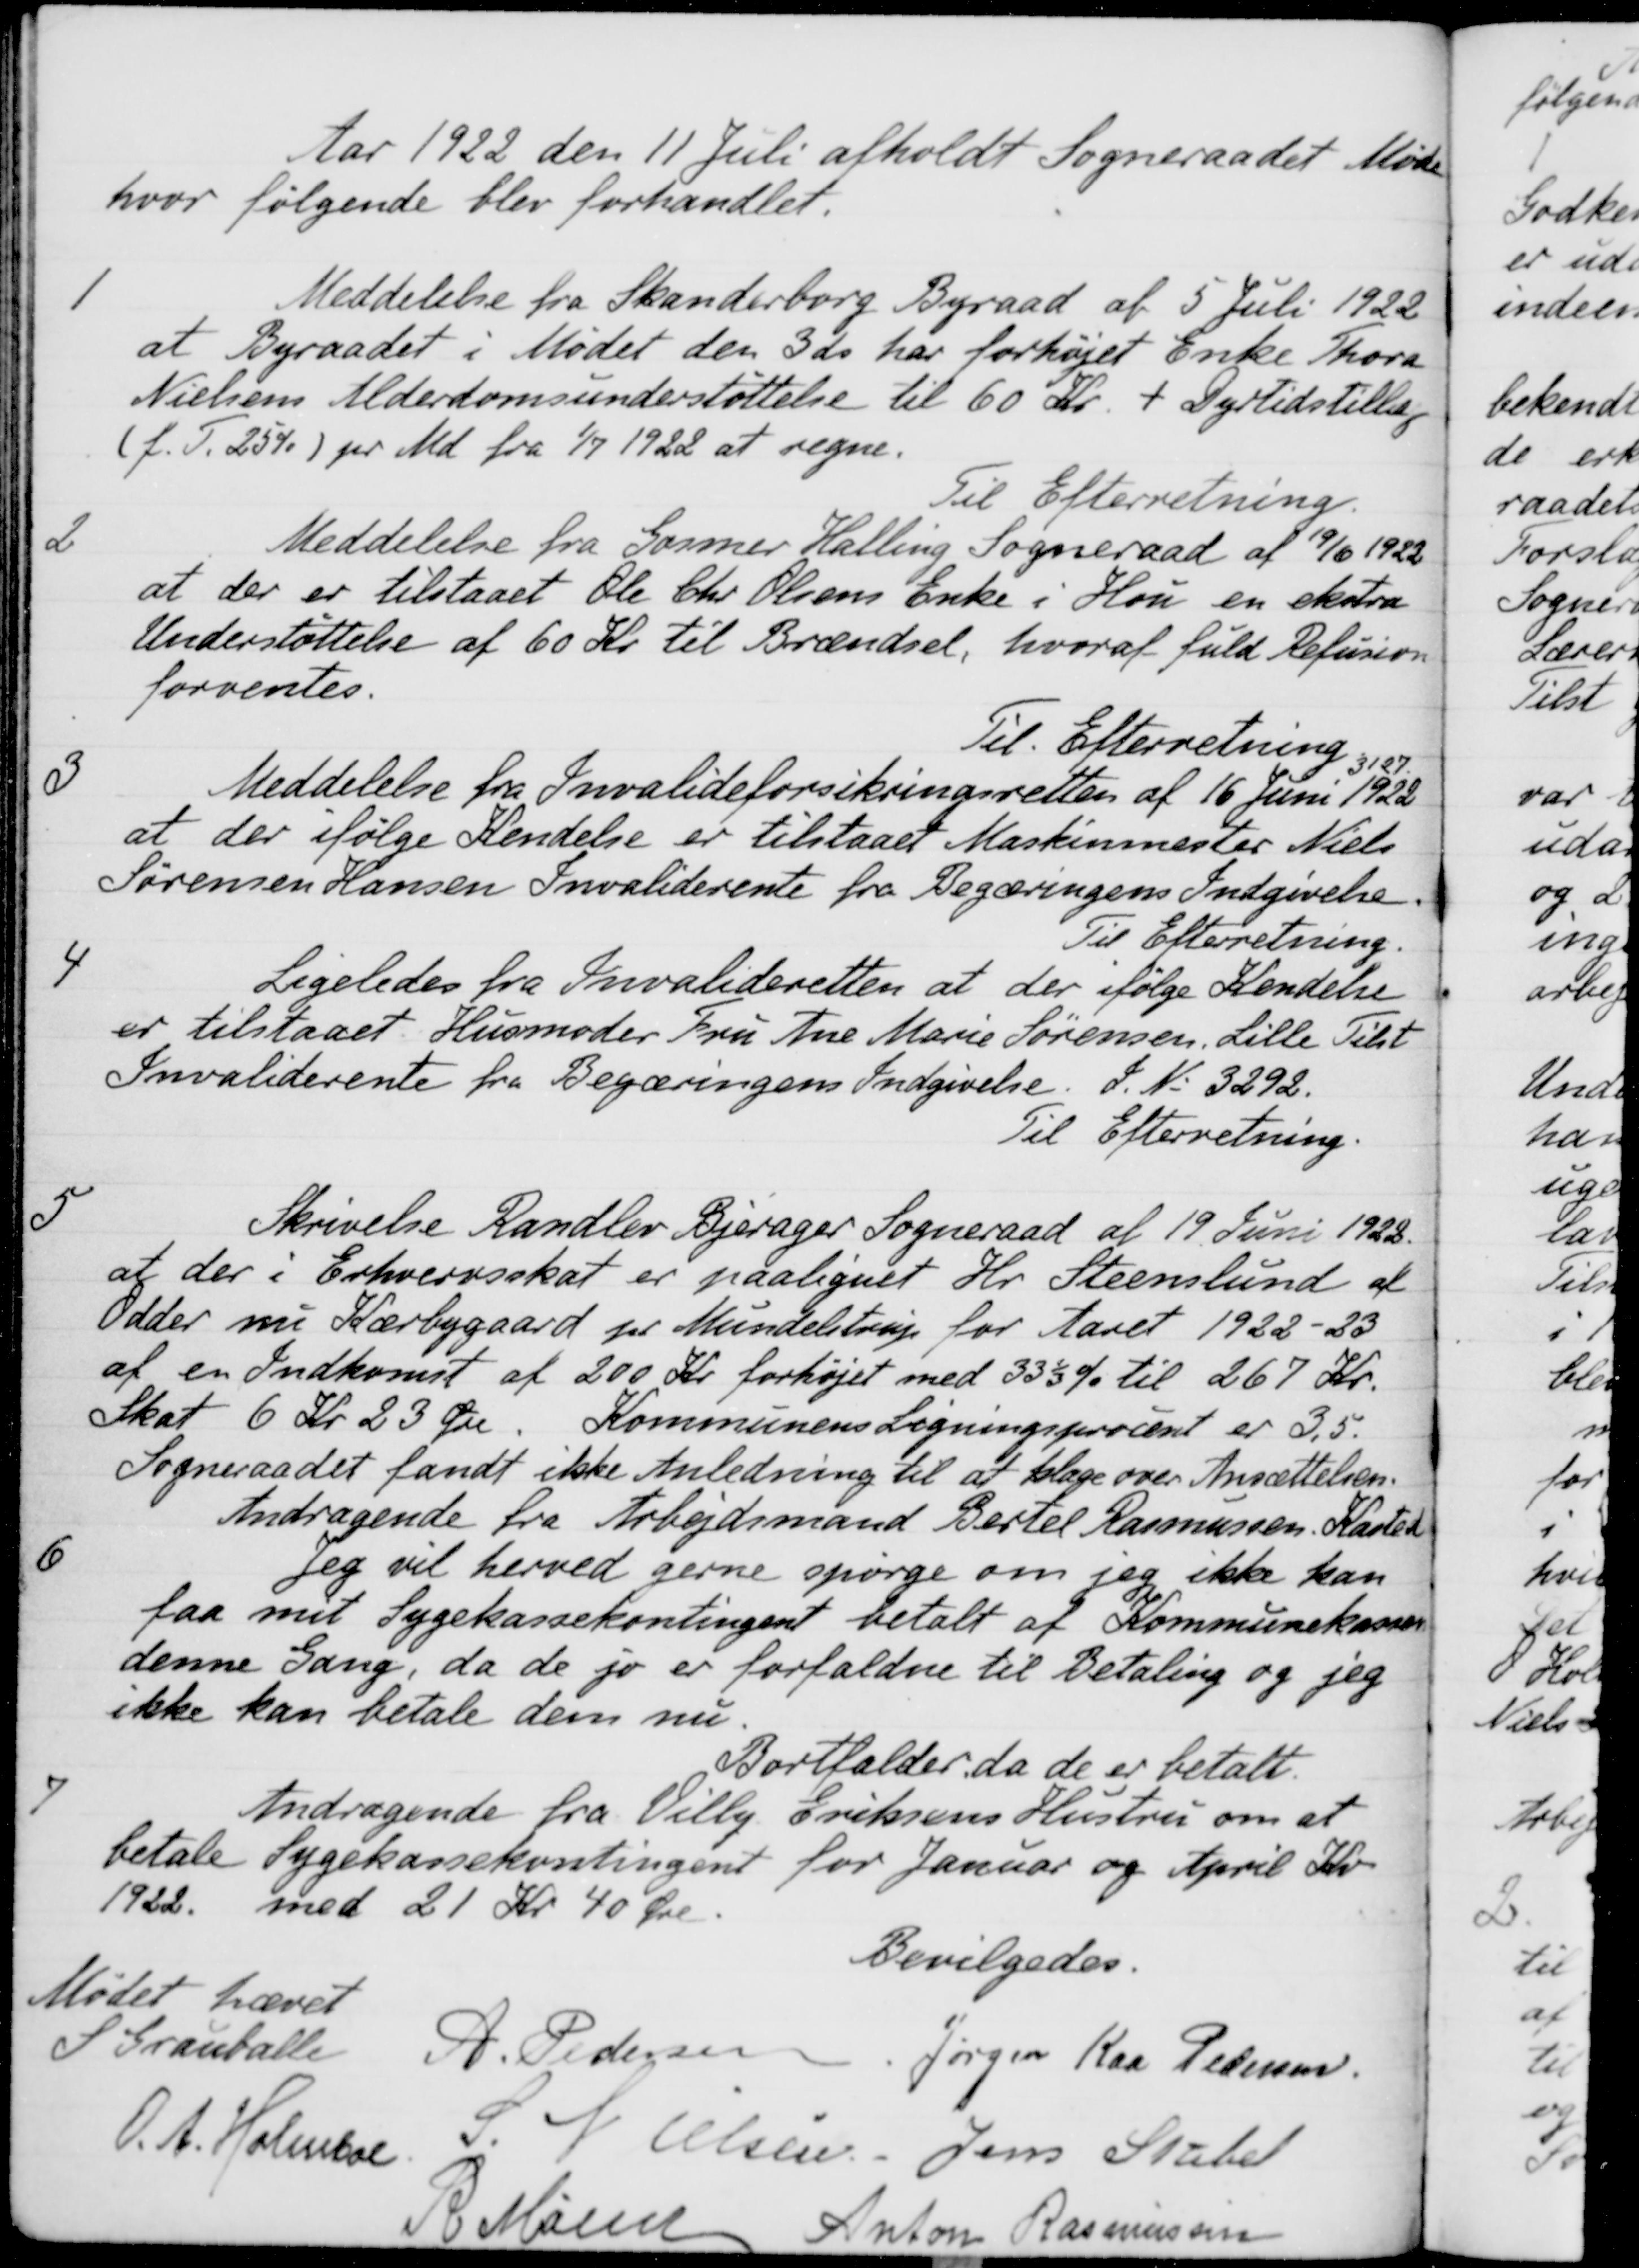
Transskription:
Aar 1922 den 11 Juli afholdt Sogneraadet Møde
hvor følgende blev forhandlet.
1
Meddelelse fra Skanderborg Byraad af 5 Juli 1922
at Byraadet i Mødet den 3 ds. har forhøjet Enke Thora
Nielsens Alderdomsunderstøttelse til 60 Kr. + Dyrtidstillæg
(f. T. 25%) pr Md. fra 1/7 1922 at regne.
Til Efterretning.
2
Meddelelse fra Gosmer Halling Sogneraad af 19/6 1922
at der er tilstaaet Ole Chr Olsens Enke i Hou en ekstra
Understøttelse af 60 Kr. til Brændsel, hvoraf fuld Refusion
forventes.
Til Efterretning
3
Meddelelse fra Invalideforsikringsretten af 16 juni 1922 (J.n. 3127)
at der ifølge Kendelse er tilstaaet Maskinmester Niels 
Sørensen Hansen Invaliderente fra Begæringens Indgivelse
Til Efterretning
4
Ligeledes fra Invalideretten at der ifølge Kendelse
er tilstaaet Husmoder Fru Ane Marie Sørensen, Lille Tilst
Invaliderente fra Begæringens Indgivelse. J. N. 3292.
Til Efterretning.
5
Skrivelse Randlev Bjerager Sogneraad af 19 Juni 1922
at der i Erhvervsskat er paalignet Hr. Steenslund af
Odder nu Kærbygaard pr Mundelstrup for Aaret 1922-23
af en Indkomst af 200 Kr. forhøjet med 33 1/3 % til 267 Kr.
Skat 6 Kr. 23 Øre. Kommunens Ligningsprocent er 3,5.
Sogneraadet fandt ikke Anledning til at klage over Ansættelsen
6
Andragende fra Arbejdsmand Bertel Rasmissen, Kasted,
Jeg vil herved gerne spørge om jeg ikke kan
faa mit Sygekassekontingent betalt af Kommunekassen
denne Gang, da de jo er forfaldne til Betaling og jeg
ikke kan betale dem nu.
Bortfalder, da de er betalt.
7
Andragende fra Villy Eriksens Hustru om at
betale Sygekassekontingent for Januar og April Kv.
1922 med 21 Kr 40 Øre.
Bevilgedes
Mødet hævet
S. Grauballe
A Pedersen
Jørgen Kaa Pedersen
O. A. Holmboe
S. Nielsen
Jens Stabel
R Mainz
Anton Rasmussen